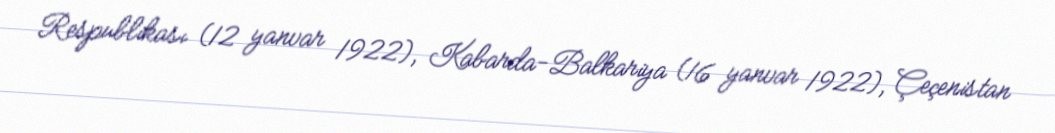
Respublikası (12 yanvar 1922), Kabarda-Balkariya (16 yanvar 1922), Çeçenistan